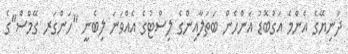
ދުނިޔޭގެ އެންމެ އަގުބޮޑު އަންހެން ބަތަލާއިންގެ ލިސްޓުގެ އެއްވަނަ ލިބެނީ "ހަންގަރ ގޭމްސް"ގެ